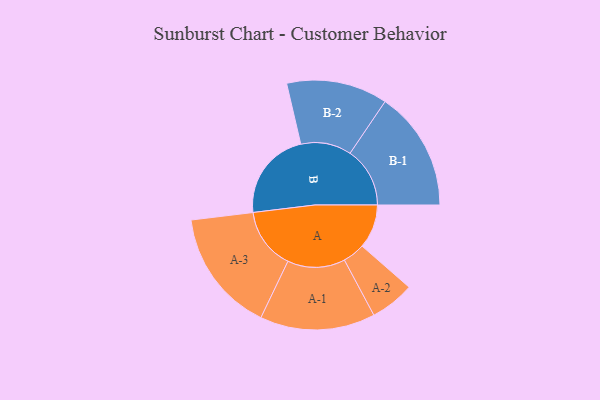
{"axis": {"x": "Segment", "y": "Value"}, "legend": ["", "A", "B"], "data": [{"x": "A", "y": 214, "type": ""}, {"x": "B", "y": 436, "type": ""}, {"x": "A-1", "y": 280, "type": "A"}, {"x": "A-2", "y": 108, "type": "A"}, {"x": "A-3", "y": 299, "type": "A"}, {"x": "B-1", "y": 291, "type": "B"}, {"x": "B-2", "y": 246, "type": "B"}]}